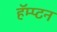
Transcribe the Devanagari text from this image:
हॅम्प्टन